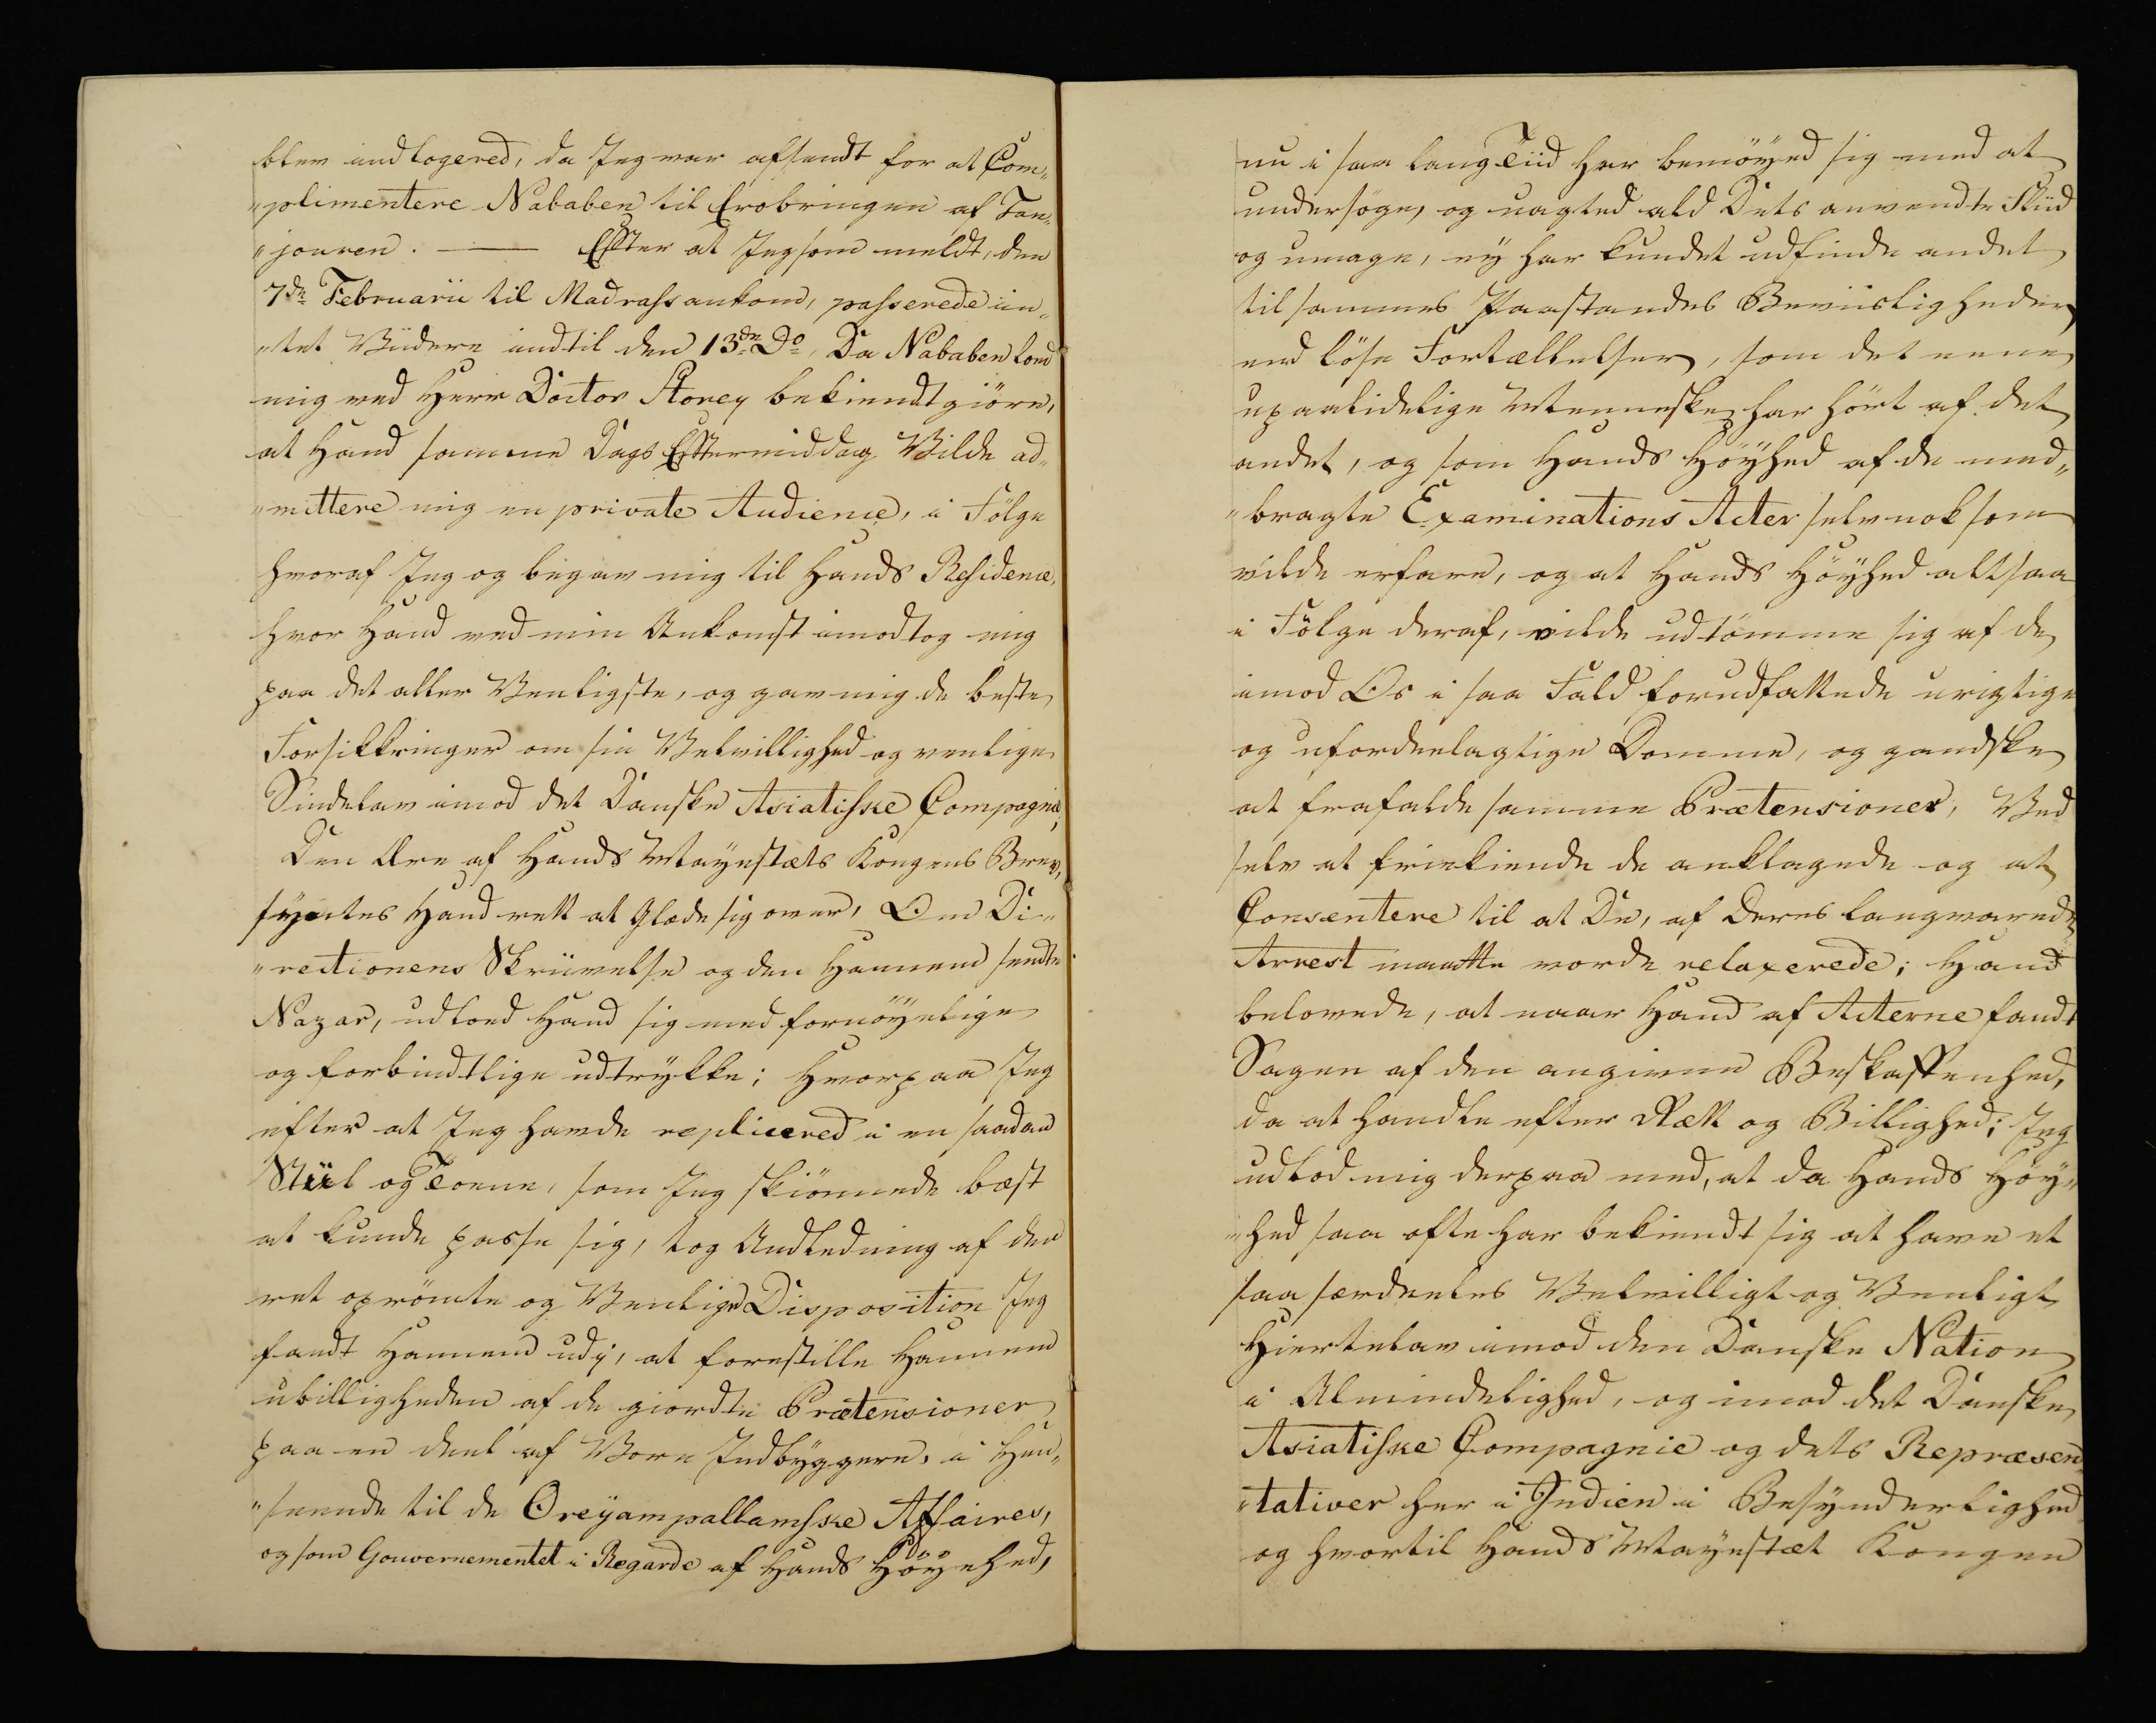
Transkription:
blev indlogered, da Jeg var afsendt for at Com„
„plimentere Nababen til Erobringen af Tran„
„jouren. — Effter at Jeg som meldt, den
7de Februarii til Madrass ankom, passerede in„
„tet Videre indtil den 13de Do Da Nababen kom
mig ved Herr Doctor Storey bekiendtgiöre,
at Hand sammen Dags Efftermiddag Vilde ad„
„mittere mig en private Audience, i fölge
hvoraf Jeg og begav mig til Hands Residence
hvor Hand ved min Ankomst imodtog mig
paa det aller Venligste, og gav mig de beste
Forsikkringer om sin Velvillighed og venlige
Sindelav imod det Danske Asiatiske Compagnie;
Den Ære af Hands Mayestæts Kongens Brev,
syntes Hand rett at Glæde sig over, Om di„
„rectionens Skriivelse og den Hannem sendte
Nazar, udloed Hand sig med fornöyelige
og forbindtlige udtrykke; Hvorpaa Jeg
efter at Jeg havde replicered i en  saadan
Stiil og Toene, som Jeg Skiönnede bæst
at kunde passe sig, tog Andledning af den
ret oprørte og Venlige Disposition Jeg
fandt Hannem udi, at forestille Hannem
ubilligheden af de giordte Prætensioner
paa en dent af Vore Jndbyggere, i Hen„
„seende til de Oreyampallamske Affairer,
og som Gouvernementet i Regarde af Hands Höyehed,

nu i saa lang Tiid har bemöyed sig med at
undersöge og uagted ald Dets anvendte Sliid
og umage, ny har kundet udfinde andet
til sammes Paastandes Beviisligheder
ved Löse Fortællelser, som det enen
upaalidelige Menneske har hört af det
andet, og som Hands Höyhed af de med„
„bragte Examinations Acter selvnok som
vilde erfare, og at Hands Höyhed altsaa
i Følge deraf, vilde udtømme sig af de
imod Os i saa Fald forudfattede urigtige
og ufordeelagtige Domme, og gandske
at frafalde samme Prætensioner; Ved
selv at friekiende de anklagede og at
Conventere til at De, af Deres langvarede
Arrest maatte vorde relaxerede; Hand
belovede, at naar Hand af Acterne fandt
Sagen af den angivne Beskaffenhed,
da at handle efter Rætt og Billighed; Jeg
udlov mig derpaa med, at da Hands Höy„
„hed saa ofte har bekiendt sig at have et
saa særdeeles Velvilligt og Venligt
Hiertelav imod den Danske Nation
i Almindelighed, og imod det Danske
Asiatiske Compagnie og dets Repræsen„
„tativer her i Indien i Besynderlighed
og hvortil Hands Mayestæt Kongen